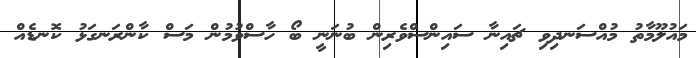
މައުލޫމާތު މުއްސަނދިވި ޗައިނާ ސައިންސްވެރިން ބުނަނީ ބޯ ހާސްވުމުން މަސް ކާންރަނގަޅު ކޮނޑެއް